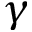
\gamma